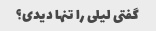
گفتی لیلی را تنها دیدی؟